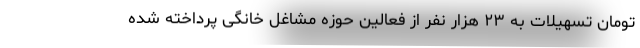
تومان تسهیلات به ۲۳ هزار نفر از فعالین حوزه مشاغل خانگی پرداخته شده